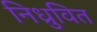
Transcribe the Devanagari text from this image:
निध्रुवित